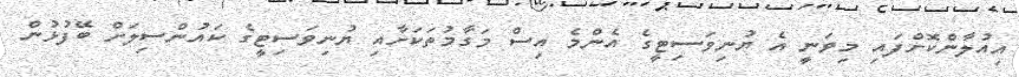
އިއުލާންކޮށްފައި މިވަނީ އެ ޔުނިވަސިޓީގެ އެންމެ އިސް މަގާމުތަކަށާއި ޔުނިވަސިޓީގެ ކައުންސިލަށް ބޭފުޅުން